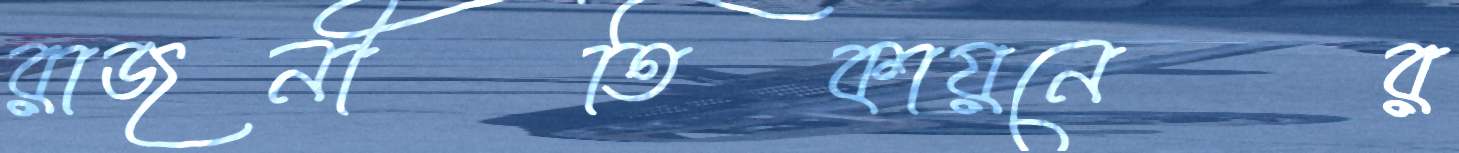
রাজনীতিকায়নের